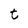
Character: t